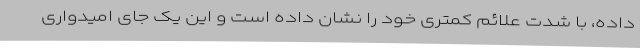
داده، با شدت علائم کمتری خود را نشان داده است و این یک جای امیدواری